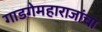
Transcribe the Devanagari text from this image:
गाडगेमहाराजांचा